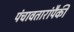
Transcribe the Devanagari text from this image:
पंचावतारांपैकी